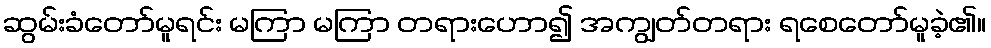
ဆွမ်းခံတော်မူရင်း မကြာ မကြာ တရားဟော၍ အကျွတ်တရား ရစေတော်မူခဲ့၏။